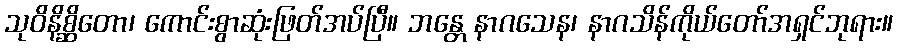
သုဝိနိစ္ဆိတော၊ ကောင်းစွာဆုံးဖြတ်အပ်ပြီ။ ဘန္တေ နာဂသေန၊ နာဂသိန်ကိုယ်တော်အရှင်ဘုရား။